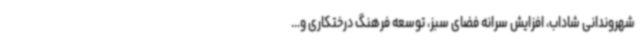
شهروندانی شاداب، افزایش سرانه فضای سبز، توسعه فرهنگ درختکاری و...